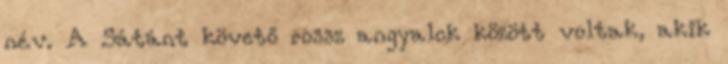
név. A Sátánt követő rossz angyalok között voltak, akik